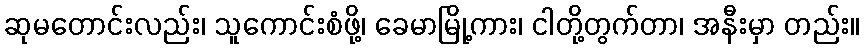
ဆုမတောင်းလည်း၊ သူကောင်းစံဖို့၊ ခေမာမြို့ကား၊ ငါတို့တွက်တာ၊ အနီးမှာ တည်း။